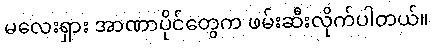
မလေးရှား အာဏာပိုင်တွေက ဖမ်းဆီးလိုက်ပါတယ်။